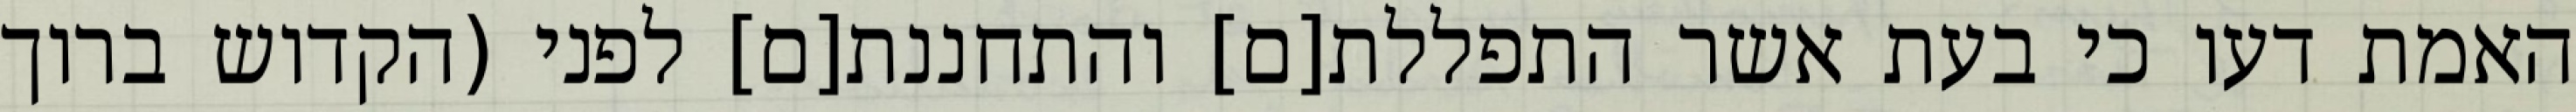
האמת דעו כי בעת אשר התפללת[ם] והתחננת[ם] לפני (הקדוש ברוך